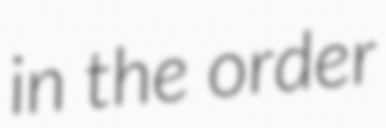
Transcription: in the order